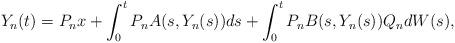
LaTeX: \begin{align*}Y_n(t) = P_n x +\int_0^t P_n A(s,Y_n(s))ds + \int_0^t P_n B(s,Y_n(s))Q_n dW(s),\end{align*}